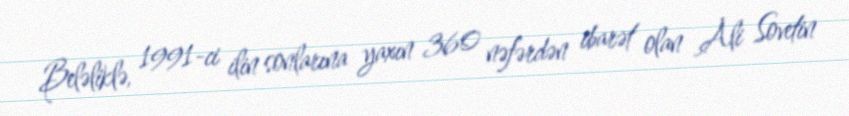
Beləliklə, 1991-ci ilin sonlarına yaxın 360 nəfərdən ibarət olan Ali Sovetin